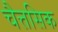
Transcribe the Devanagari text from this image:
चैत्तसिक